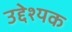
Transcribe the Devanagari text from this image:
उद्देश्यक